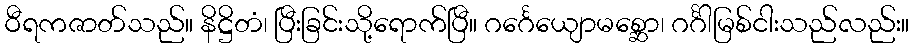
ဝီရကဇာတ်သည်။ နိဋ္ဌိတံ၊ ပြီးခြင်းသို့ရောက်ပြီ။ ဂင်္ဂေယျောမစ္ဆော၊ ဂင်္ဂါမြစ်ငါးသည်လည်း။